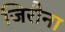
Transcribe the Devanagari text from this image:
जिरौना